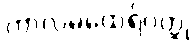
ကာလမထေရ်ဝတ္ထု